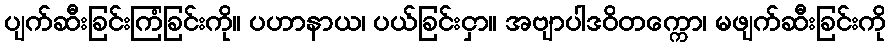
ပျက်ဆီးခြင်းကြံခြင်းကို။ ပဟာနာယ၊ ပယ်ခြင်းငှာ။ အဗျာပါဒဝိတက္ကော၊ မဖျက်ဆီးခြင်းကို